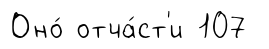
Оно́ отча́ст'и 107